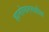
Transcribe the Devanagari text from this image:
हानोफरमधील